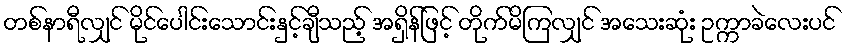
တစ်နာရီလျှင် မိုင်ပေါင်းသောင်းနှင့်ချီသည့် အရှိန်ဖြင့် တိုက်မိကြလျှင် အသေးဆုံး ဥက္ကာခဲလေးပင်